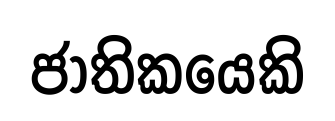
ජාතිකයෙකි